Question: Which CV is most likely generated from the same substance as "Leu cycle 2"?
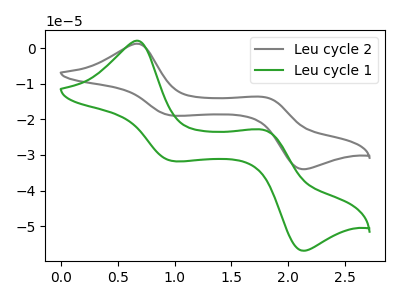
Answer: <think>The gray curve "Leu cycle 2" has anodic peaks at (0.65V, 1.25uA) (1.80V, -13.80uA) and cathodic peaks at (1.00V, -18.95uA) (2.15V, -34.00uA). The green curve "Leu cycle 1" has anodic peaks at (0.65V, 2.10uA) (1.80V, -23.05uA) and cathodic peaks at (1.00V, -31.70uA) (2.15V, -56.90uA).
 All the peaks in "Leu cycle 2" have a peak in "Leu cycle 1" at the same potential.</think>
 <answer>The CV with the most similar shape to "Leu cycle 1" is "Leu cycle 2".</answer>
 <eval>"Leu cycle 2"</eval>